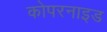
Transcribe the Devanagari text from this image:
कोपरनाइड